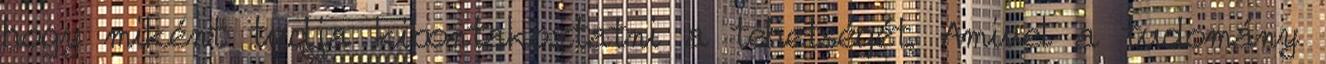
hogy miként tudja kibontakoztatni a tehetségét. Amivel a tudomány